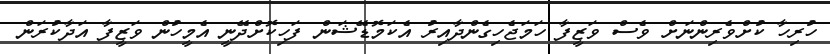
ހުރިހާ ކުށްވެރިންނަށް ވެސް ވަޒީފާ ހަމަޖެހިގެންދާއިރު އެކަމޮޑޭޝަން ފަހިކޮށްދޭނީ އެމީހުން ވަޒީފާ އަދާކުރަން